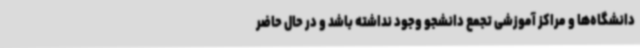
دانشگاه‌ها و مراکز آموزشی تجمع دانشجو وجود نداشته باشد و در حال حاضر